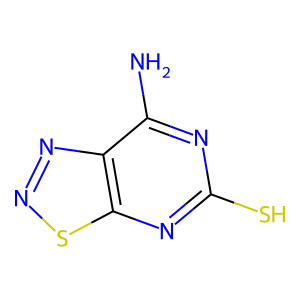
SMILES: Nc1nc(S)nc2snnc12
Inhibits HIV replication: No